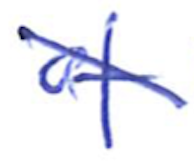
Text: of
Cross-out: diagonal
Writing tool: ballpoint